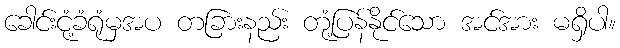
ခေါင်းငုံ့ခံရုံမှအပ တခြားနည်း တုံ့ပြန်နိုင်သော အင်အား မရှိပါ။